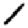
Digit: 1